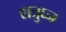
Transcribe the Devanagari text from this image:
शत्रुघ्‍न